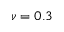
\nu = 0 . 3